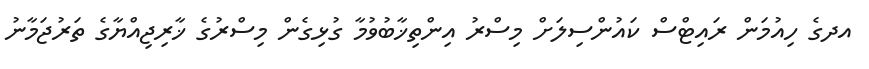
އދގެ ހިއުމަން ރައިޓްސް ކައުންސިލަށް މިސްރު އިންތިޚާބުވުމާ ގުޅިގެން މިސްރުގެ ޚާރިޖިއްޔާގެ ތަރުޖަމާނު